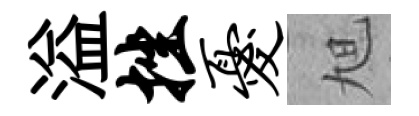
溢挫忧旭